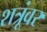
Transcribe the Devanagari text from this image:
शत्रूंवर